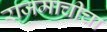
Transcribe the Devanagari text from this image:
राजमाचीचा